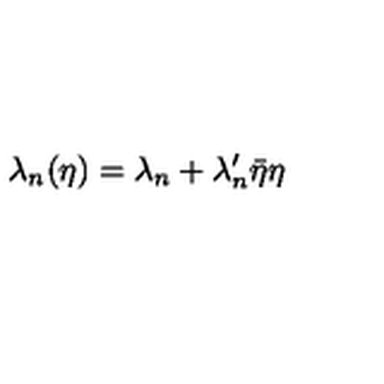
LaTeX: \lambda _ { n } ( \eta ) = \lambda _ { n } + \lambda _ { n } ^ { \prime } \bar { \eta } \eta